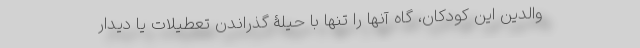
والدین این کودکان، گاه آنها را تنها با حیلۀ گذراندن تعطیلات یا دیدار